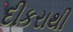
દીકરાથી